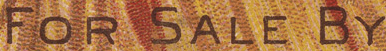
FOR SALE BY